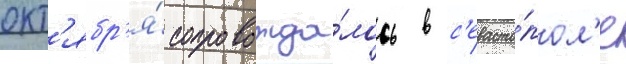
окт'ябр'я́ сопровожда́лось в с'евасто́пол'е